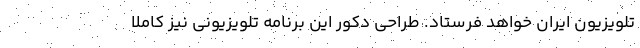
تلویزیون ایران خواهد فرستاد. طراحی دکور این برنامه تلویزیونی نیز کاملا